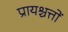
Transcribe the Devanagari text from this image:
प्रायश्चत्तों